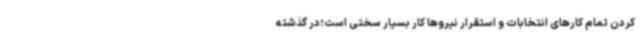
کردن تمام کارهای انتخابات و استقرار نیروها کار بسیار سختی است؛در گذشته